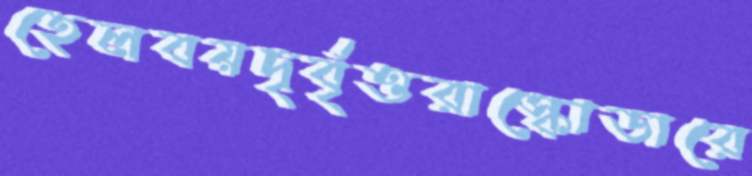
হেলবয়দৃর্বৃত্তরাস্কোডারে